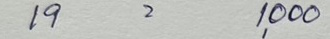
19 = 1,000